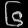
Digit: ၆